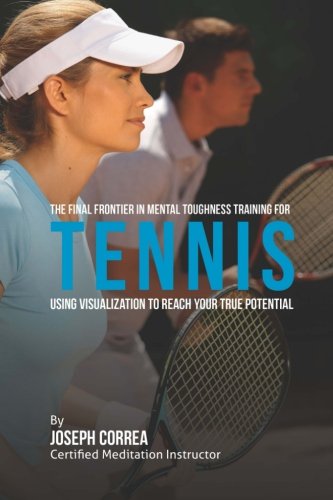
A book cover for The Final Frontier in Mental Toughness Training for Tennis: Using Visualization to Reach Your True Potential; Joseph Correa (Certified Meditation Instructor); Sports & Outdoors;